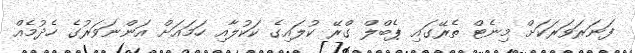
ފަނަރަވަރަކަށް މިނެޓް ތެރޭގައި ޕެބްލް ގްރޭ ކުލައިގެ ކަކުލާއި ހަމައަށް އަންނަވަރުގެ ހެދުމެއް